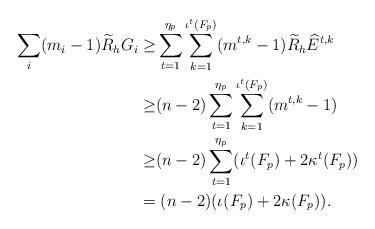
LaTeX: \begin{align*}\sum_{i} (m_i-1)\widetilde{R}_hG_i \ge& \sum_{t=1}^{\eta_p}\sum_{k=1}^{\iota^t(F_p)} (m^{t,k}-1)\widetilde{R}_h\widehat{E}^{t,k} \\ \ge& (n-2)\sum_{t=1}^{\eta_p}\sum_{k=1}^{\iota^t(F_p)} (m^{t,k}-1) \\ \ge& (n-2)\sum_{t=1}^{\eta_p} (\iota^t(F_p)+2\kappa^t(F_p)) \\ =&\; (n-2)(\iota(F_p)+2\kappa(F_p)).\end{align*}